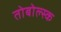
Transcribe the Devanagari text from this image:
तोबोल्स्क